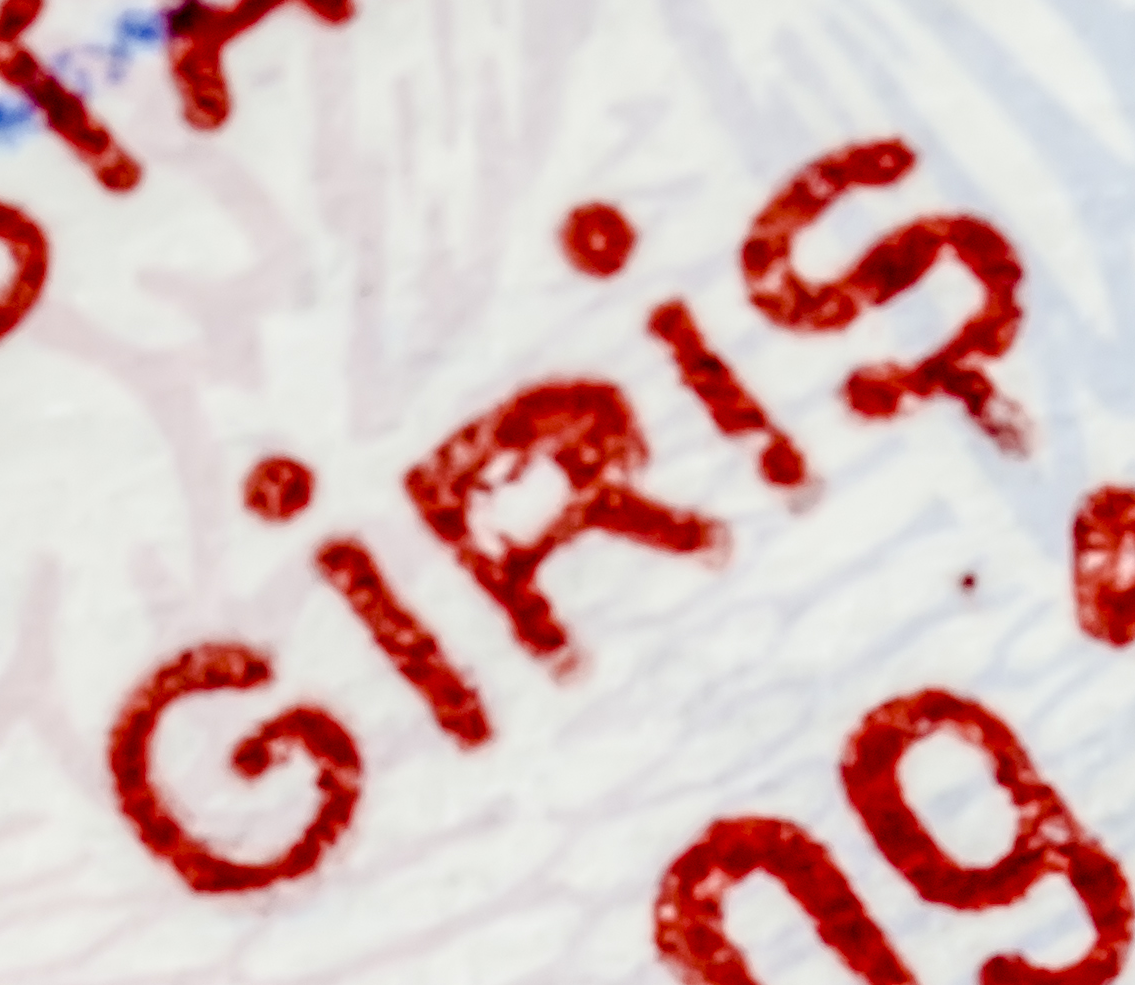
GIRIS